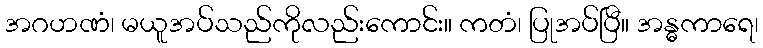
အဂဟဏံ၊ မယူအပ်သည်ကိုလည်းကောင်း။ ကတံ၊ ပြုအပ်ပြီ။ အန္ဓကာရေ၊